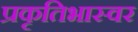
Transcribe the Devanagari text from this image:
प्रकृतिभास्वर